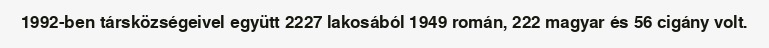
1992-ben társközségeivel együtt 2227 lakosából 1949 román, 222 magyar és 56 cigány volt.